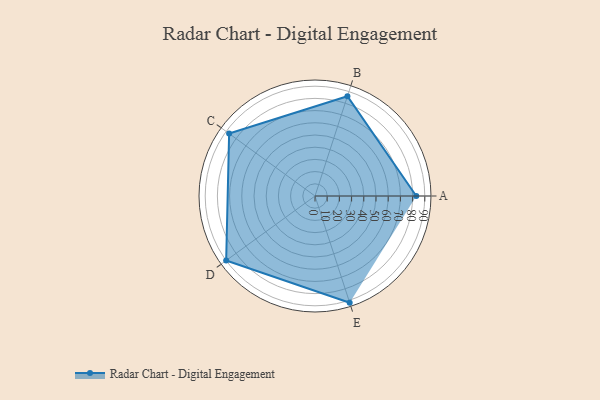
{"axis": {"x": "Skill", "y": "Score"}, "legend": ["Profile"], "data": [{"x": "A", "y": 83.0, "type": "Profile"}, {"x": "B", "y": 86.0, "type": "Profile"}, {"x": "C", "y": 87.0, "type": "Profile"}, {"x": "D", "y": 90.0, "type": "Profile"}, {"x": "E", "y": 92.0, "type": "Profile"}]}